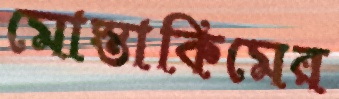
মোস্তাকিমের